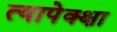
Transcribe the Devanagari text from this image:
त्यापेक्क्षा